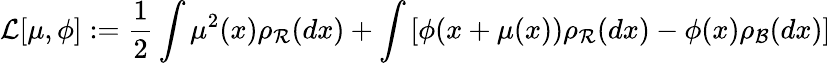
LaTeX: {\mathcal L}[\mu,\phi]:=\frac{1}{2}\int\mu^{2}(x)\rho_{\mathcal R}(dx)+\int\left[\phi(x+\mu(x))\rho_{\mathcal R}(dx)-\phi(x)\rho_{\mathcal B}(dx)\right]